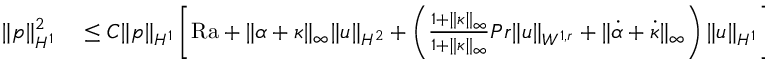
\begin{array} { r l } { \| p \| _ { H ^ { 1 } } ^ { 2 } } & { { } \leq C \| p \| _ { H ^ { 1 } } \left[ \mathrm { { R a } } + \| \alpha + \kappa \| _ { \infty } \| u \| _ { H ^ { 2 } } + \left( \frac { 1 + \| \kappa \| _ { \infty } } { 1 + \| \kappa \| _ { \infty } } { { P r } } \| u \| _ { W ^ { 1 , r } } + \| \dot { \alpha } + \dot { \kappa } \| _ { \infty } \right) \| u \| _ { H ^ { 1 } } \right] \, . } \end{array}